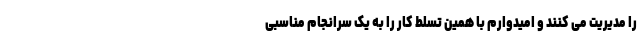
را مدیریت می کنند و امیدوارم با همین تسلط کار را به یک سرانجام مناسبی